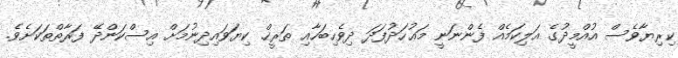
ކިރިޔާވެސް އުއްމީދުގެ އަލިކަމެއް ފެންނަނީ މަޢުހަދުފަދަ ދިވެހިބަހާއި ތަރީޚް ކިޔަވައިދިނުމަށް އިސްކަންދޭ ފަރާތްތަކަށެވެ.